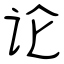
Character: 论